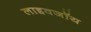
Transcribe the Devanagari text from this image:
लाइवजॉय